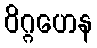
ဝိဂ္ဂဟေန